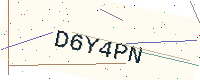
Text: D6Y4PN